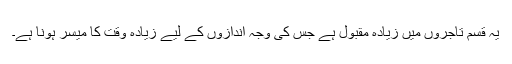
یہ قسم تاجروں میں زیادہ مقبول ہے جس کی وجہ اندازوں کے لیے زیادہ وقت کا میسر ہونا ہے۔